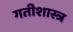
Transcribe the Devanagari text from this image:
गतीशास्त्र